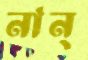
নান্